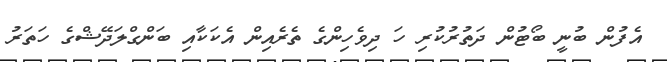
އެފުން ބުނީ ބޯޓުން ދަތުރުކުރި ހަ ދިވެހިންގެ ތެރެއިން އެކަކާއި ބަންގްލަދޭޝްގެ ހަތަރު